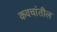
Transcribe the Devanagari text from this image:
कवचांतील